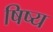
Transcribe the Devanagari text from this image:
षिष्य